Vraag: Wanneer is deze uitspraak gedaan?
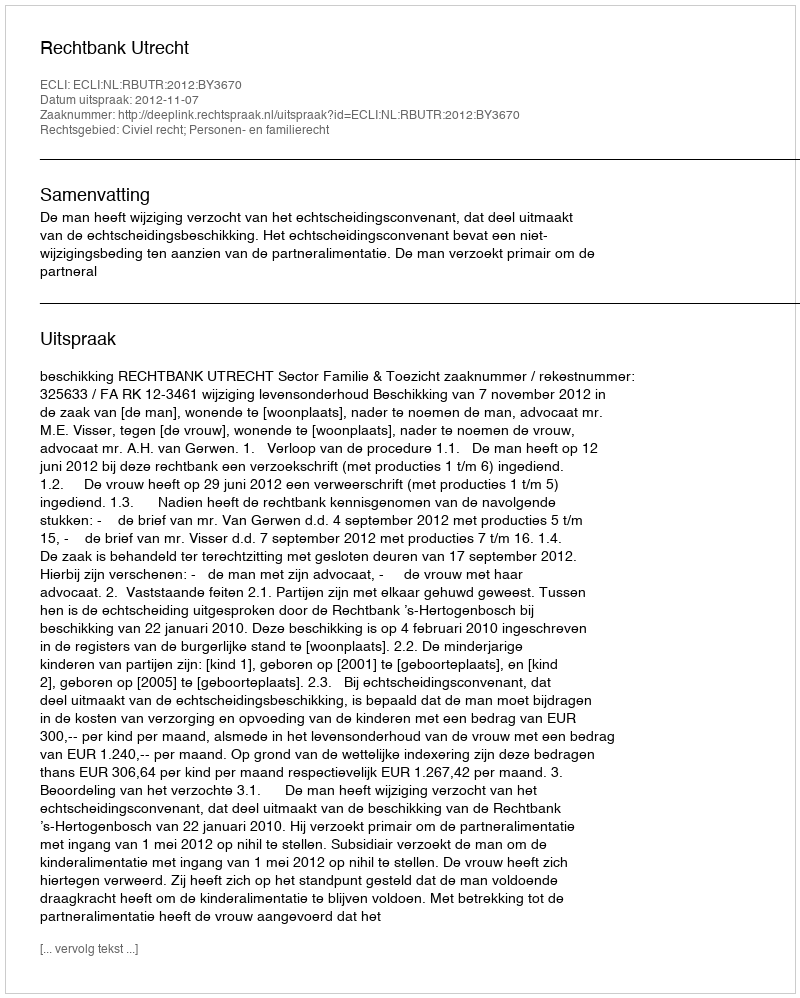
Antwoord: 2012-11-07